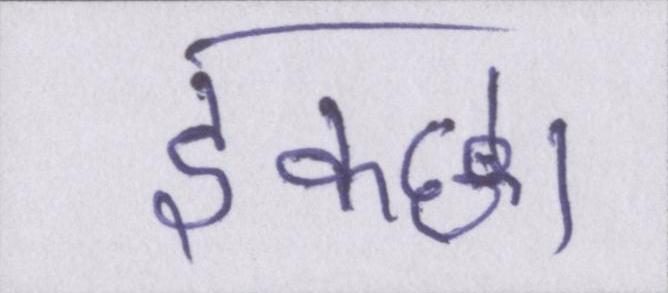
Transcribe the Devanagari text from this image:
इक्छा